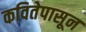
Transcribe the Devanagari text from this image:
कवितेपासून